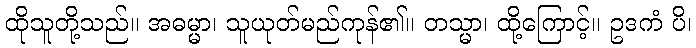
ထိုသူတို့သည်။ အဓမ္မာ၊ သူယုတ်မည်ကုန်၏။ တသ္မာ၊ ထို့ကြောင့်။ ဥဒကံ ပိ၊